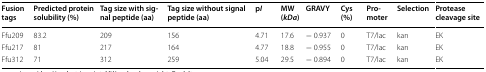
<table><thead><tr><td><b>Fusion tags</b></td><td><b>Predicted protein solubility (%)</b></td><td><b>Tag size with signal peptide (aa)</b></td><td><b>Tag size without signal peptide (aa)</b></td><td><b>p<i>I</i></b></td><td><b>MW (<i>kDa</i>)</b></td><td><b>GRAVY</b></td><td><b>Cys (%)</b></td><td><b>Promoter</b></td><td><b>Selection</b></td><td><b>Protease cleavage site</b></td></tr></thead><tbody><tr><td>Ffu209</td><td>83.2</td><td>209</td><td>156</td><td>4.71</td><td>17.6</td><td>− 0.937</td><td>0</td><td>T7/lac</td><td>kan</td><td>EK</td></tr><tr><td>Ffu217</td><td>81</td><td>217</td><td>164</td><td>4.77</td><td>18.8</td><td>− 0.955</td><td>0</td><td>T7/lac</td><td>kan</td><td>EK</td></tr><tr><td>Ffu312</td><td>71</td><td>312</td><td>259</td><td>5.04</td><td>29.5</td><td>− 0.894</td><td>0</td><td>T7/lac</td><td>kan</td><td>EK</td></tr></tbody></table>